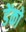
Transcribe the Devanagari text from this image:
डेंको